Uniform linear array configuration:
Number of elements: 16
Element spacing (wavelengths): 0.5
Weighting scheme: hamming
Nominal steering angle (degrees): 15
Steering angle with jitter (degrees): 13.322
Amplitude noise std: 0.05
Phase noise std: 0.05

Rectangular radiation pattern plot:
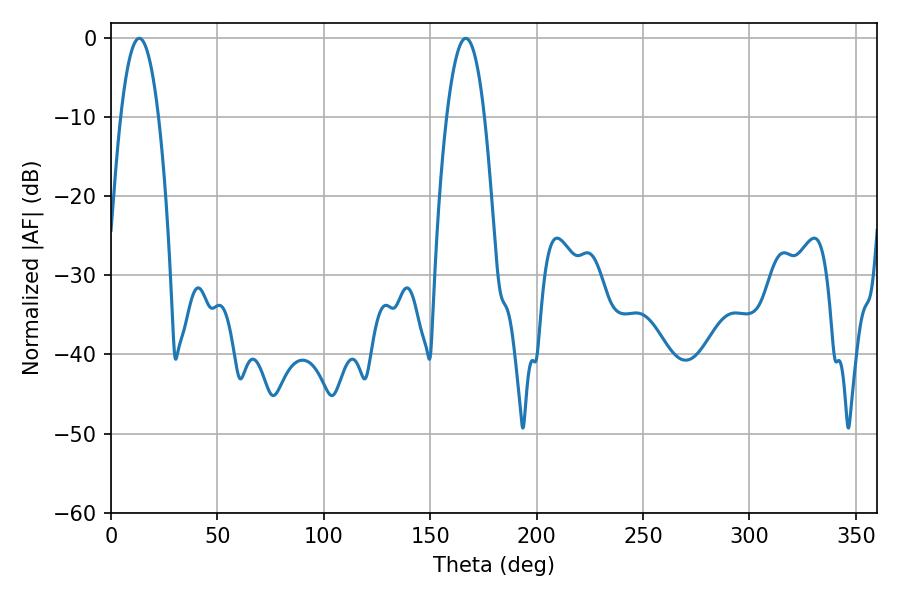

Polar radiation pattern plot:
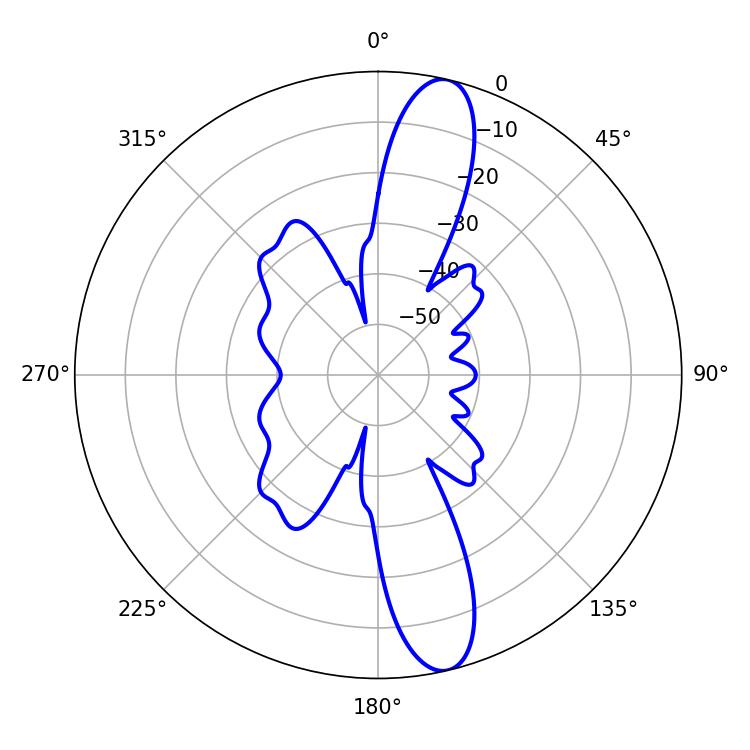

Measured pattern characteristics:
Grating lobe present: FALSE
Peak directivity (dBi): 13.794
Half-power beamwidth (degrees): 9.72
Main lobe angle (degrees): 13.32